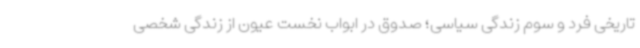
تاریخی فرد و سوم زندگی سیاسی؛ صدوق در ابواب نخست عیون از زندگی شخصی